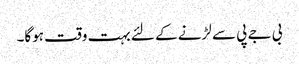
بی جے پی سے لڑنے کے لئے بہت وقت ہوگا۔